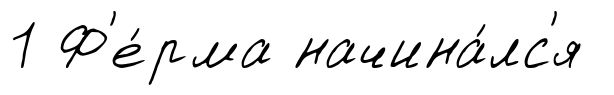
1 Ф'е́рма начина́лс'я